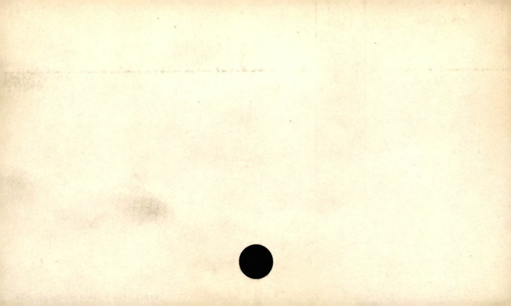
Label: blank